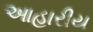
આહારીય